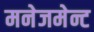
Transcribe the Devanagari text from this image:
मनेजमेन्ट